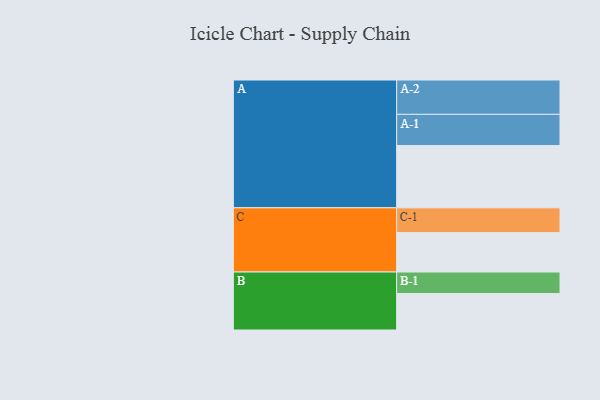
{"axis": {"x": "Segment", "y": "Value"}, "legend": ["", "A", "B", "C"], "data": [{"x": "A", "y": 540, "type": ""}, {"x": "B", "y": 317, "type": ""}, {"x": "C", "y": 342, "type": ""}, {"x": "A-1", "y": 271, "type": "A"}, {"x": "A-2", "y": 298, "type": "A"}, {"x": "B-1", "y": 186, "type": "B"}, {"x": "C-1", "y": 215, "type": "C"}]}